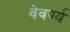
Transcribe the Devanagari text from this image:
वेवर्ण्य